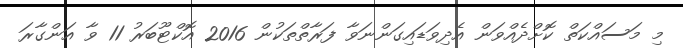
މި މަސައްކަތް ކޮށްދެއްވަން އެދިވަޑައިގަންނަވާ ފަރާތްތަކުން 2016 އޮކްޓޫބަރު 11 ވާ އަންގާރަ